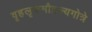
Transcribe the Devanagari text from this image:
वृहलृकमौद्गल्यगोत्रे